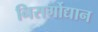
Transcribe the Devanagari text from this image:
निसर्गोद्यान